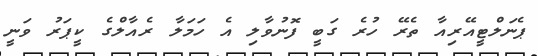
ޕެނަލްޓީއޭރިއާ ތެރޭ ހުރެ ގަބީ ފޮނުވާލި އެ ހަމަލާ ރެއާލްގެ ކީޕަރު ވަނީ